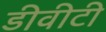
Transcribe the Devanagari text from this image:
डीवीटी